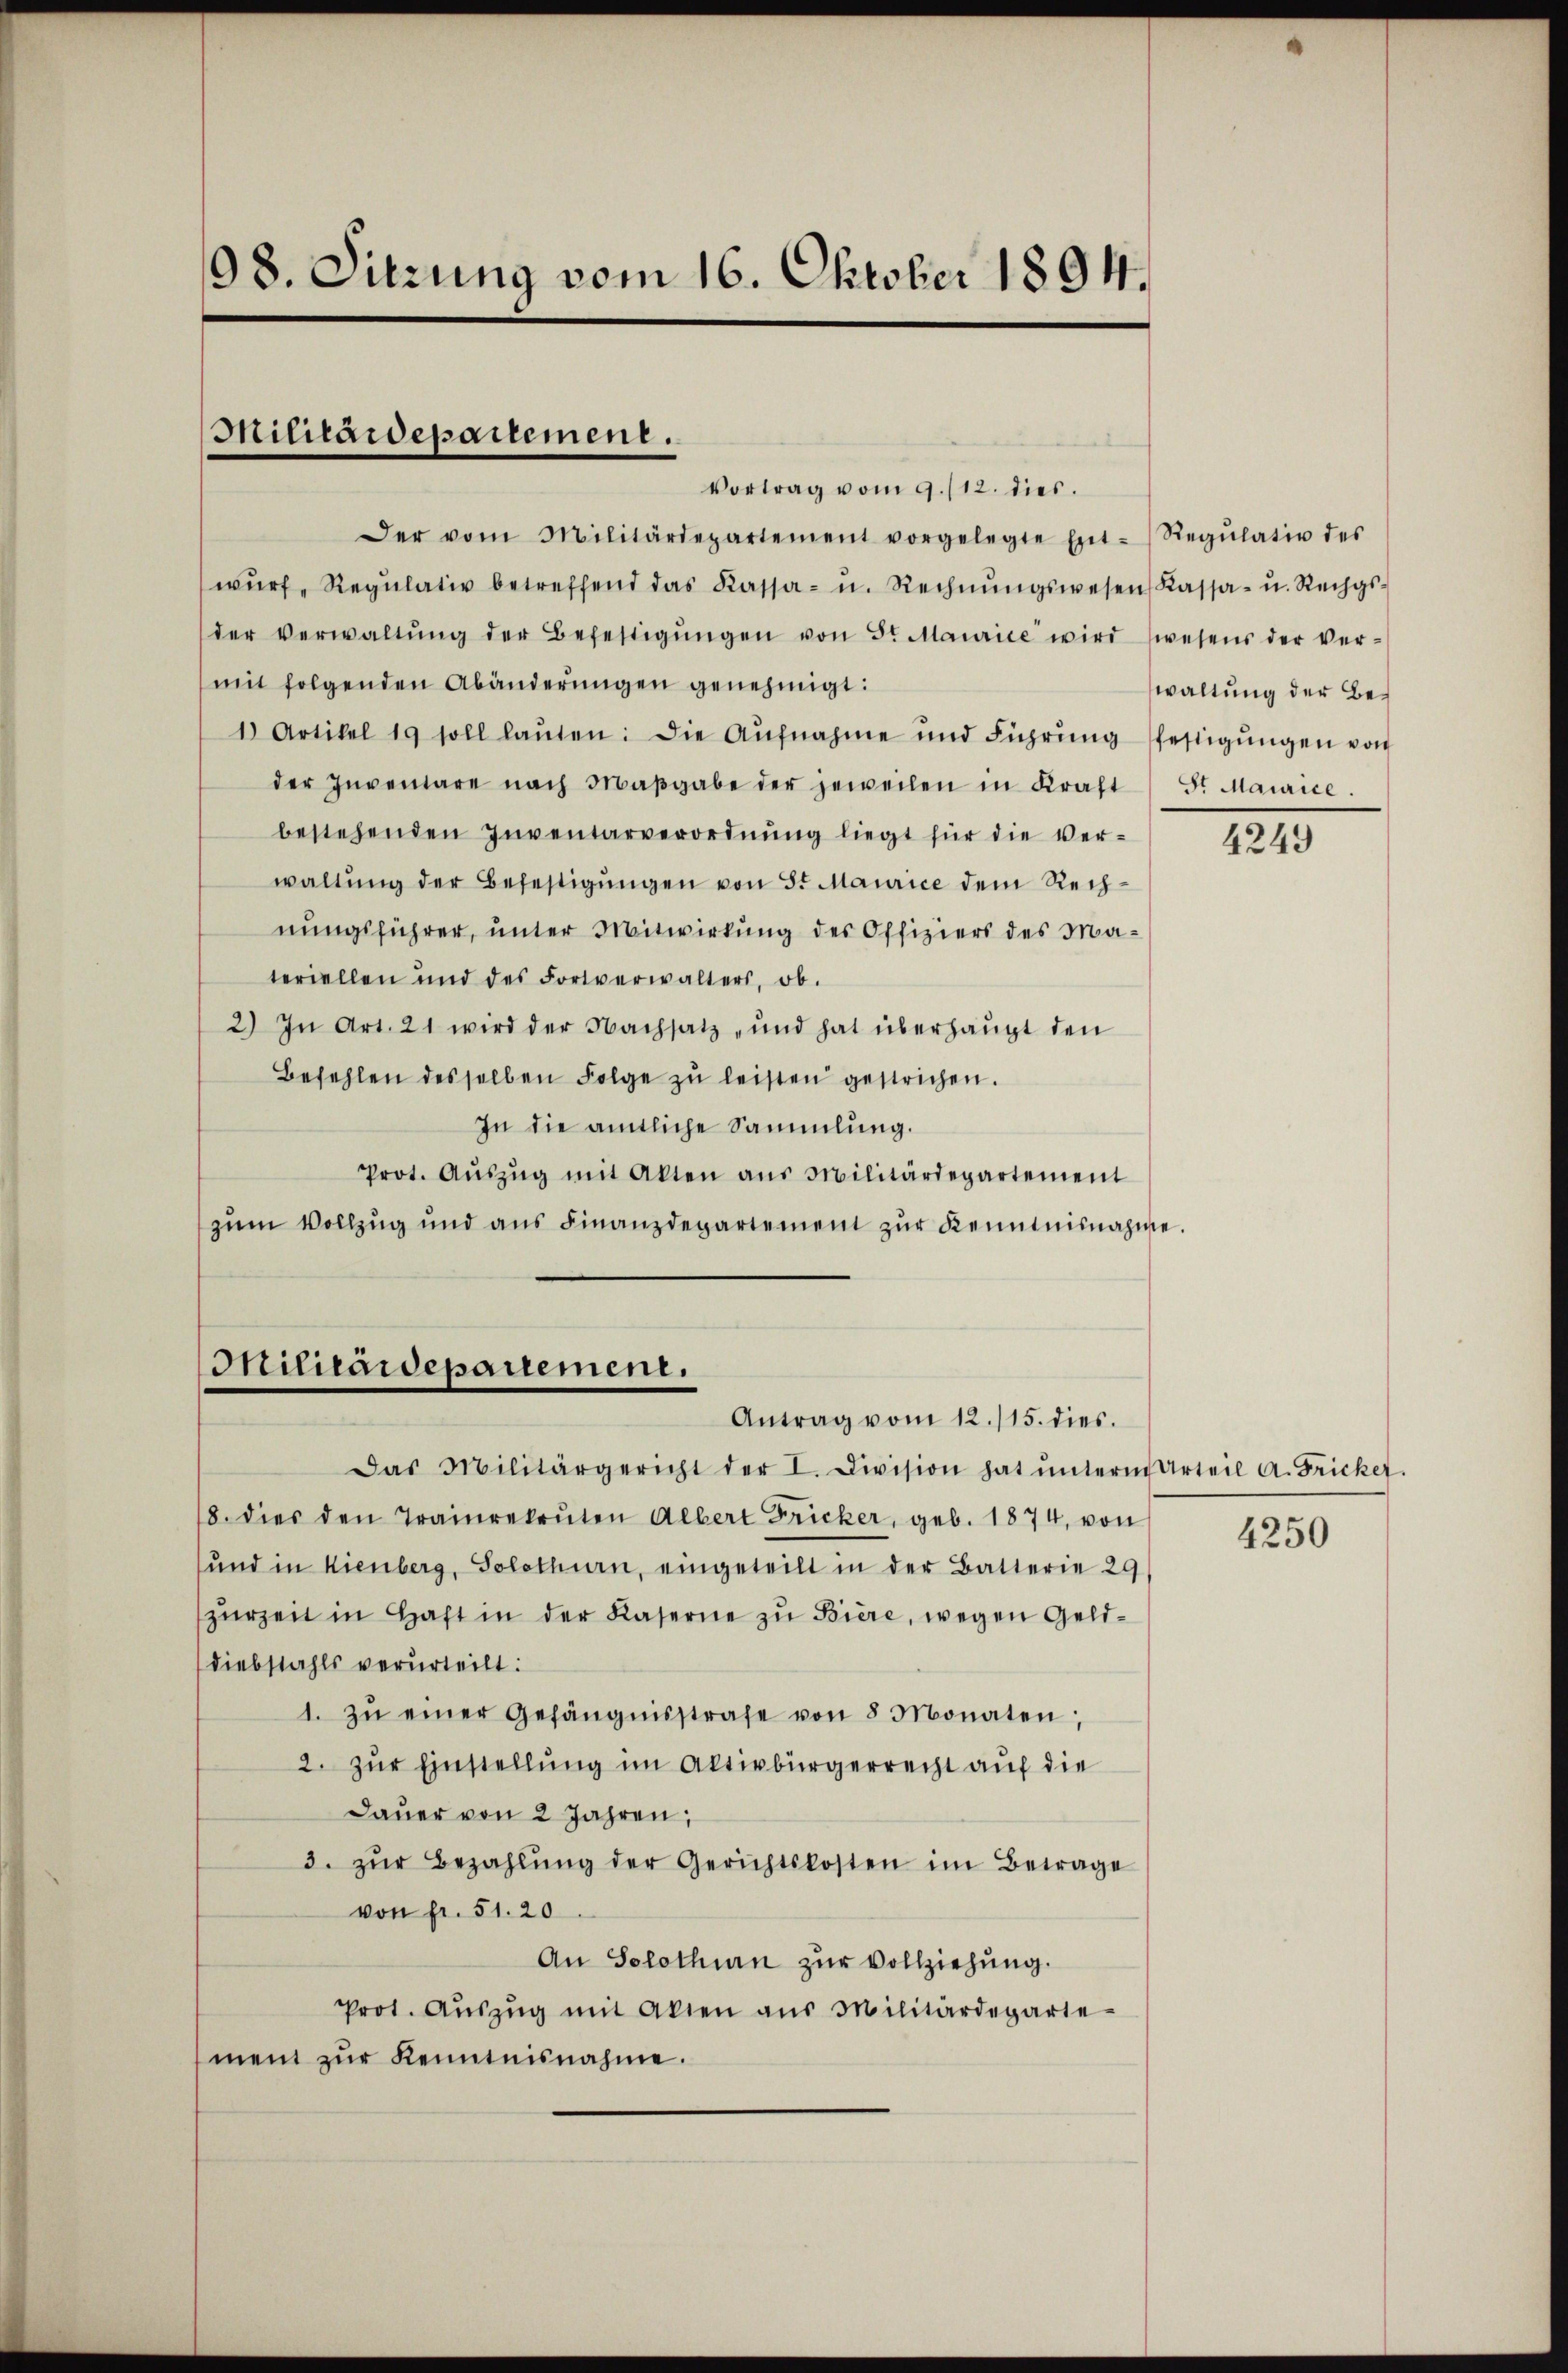
98. Sitzung vom 16. Oktober 1894.

Militärdepartement.

Vortrag vom 9./12. dies.
Der vom Militärdepartement vorgelegte Ent-Regŭlativ des
wŭrf, Regŭlativ betreffend das Kassa- u. Rechnŭngswesen Kassa- u. Rechgs-
der Verwaltŭng der Befestigŭngen von Sr Maurice wird wesens der Ver-
mit folgenden Abänderungen genehmigt:
1 Artikel 19 soll laŭten: Die Aŭfnahme und Führŭng festigŭngen von
der Inventare nach Maβgabe der jeweilen in Kraft St. Maurice
bestehenden Inventarverordnŭng liegt für die Ver-
waltung der Befestigungen von 5. Maurice dem Rechnungsführer, unter Mitwirkung des Offiziers des Materiellen und des Fortverwalters, ob.
2) In Art. 21 wird der Nachsatz und hat überhaupt den
Befehlen desselben Folge zŭ leisten gestrichen.
In die amtliche Sammlung.
prot. Aŭszŭg mit Alten aus Militärdepartement
zŭm Vollzŭg und ans Finanzdepartement zŭr Kenntnisnahme.

Das Militärgericht der I. Division hat ŭnterm Urteil a. Fricker.
8. dies den Trainrekruten Albert Fricker, geb. 1874, von 4250
und in Kienberg, Solothurn, eingeteilt in der Batterie 29/
zŭrzeit in Haft in der Kaserne zu Biere, wegen Gelddiebstahls verurteilt:
1. zŭ einer Gefängnisstrafe von 8 Monaten,
2. zur Einstellung im Aktivbürgerrecht auf die
Dauer von 2 Jahren,
3. zŭr Bezahlŭng der Gerichtskosten im Betrage
von Fr. 51. 20
An Solothurn zur Vollziehung.
Prot. Aŭszŭg mit Akten aŭs Militärdegarte
ment zŭr Kenntnisnahme.

Militärdepartement.
Antrag vom 12./15. dies.

waltung der Be¬

4249